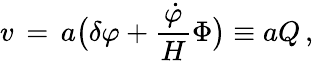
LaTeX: v\, =\, a\bigl(\delta\varphi+{\frac{{\dot{\varphi}}}{H}}\Phi\bigr)\equiv aQ\, ,